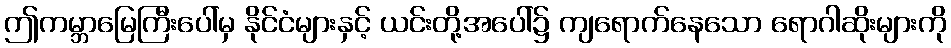
ဤကမ္ဘာမြေကြီးပေါ်မှ နိုင်ငံများနှင့် ယင်းတို့အပေါ်၌ ကျရောက်နေသော ရောဂါဆိုးများကို